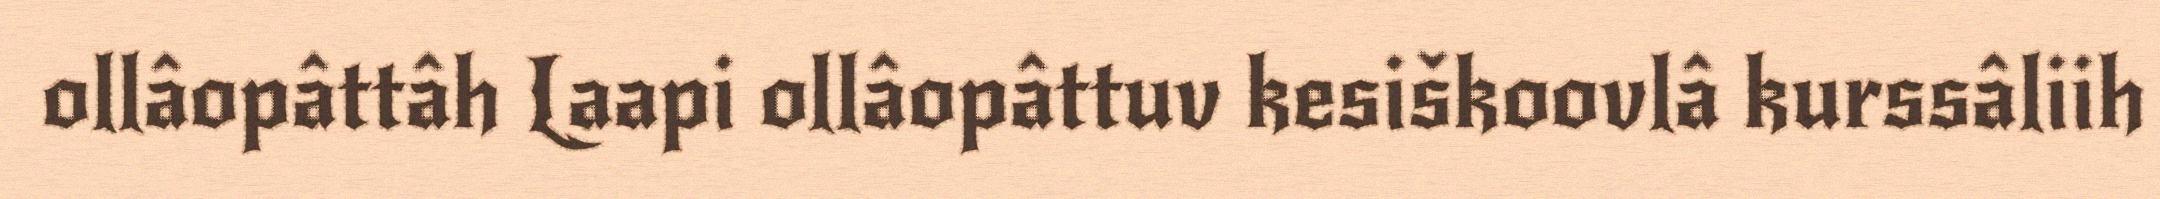
ollâopâttâh Laapi ollâopâttuv kesiškoovlâ kurssâliih